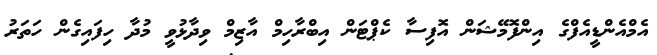
އެމްއެންޑީއެފްގެ އިންފޮމޭޝަން އޮފިސާ ކެޕްޓަން އިބްރާހިމް އާޒިމް ވިދާޅުވީ މުދާ ހިފައިގެން ހަތަރު